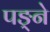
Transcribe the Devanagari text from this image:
पङ्ने